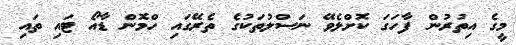
މީގެ އިތުރުން ފާހަގަ ކޮށްލެވޭ ނަސްލުތަކުގެ ތެރޭގައި ހްމޮން ޑާއޯ ޓައި ތައި